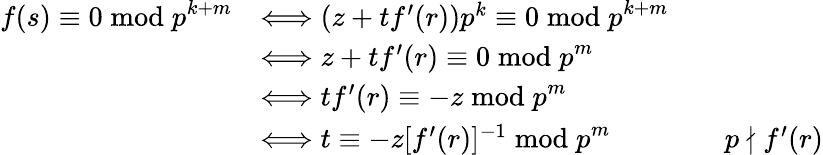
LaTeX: {\begin{array}{rlrl}{f(s)\equiv 0{\bmod{p}}^{k+m}}&{\Longleftrightarrow(z+tf^{\prime}(r))p^{k}\equiv 0{\bmod{p}}^{k+m}}\\ &{\Longleftrightarrow z+tf^{\prime}(r)\equiv 0{\bmod{p}}^{m}}\\ &{\Longleftrightarrow tf^{\prime}(r)\equiv-z{\bmod{p}}^{m}}\\ &{\Longleftrightarrow t\equiv-z[f^{\prime}(r)]^{-1}{\bmod{p}}^{m}}&&{p\nmid f^{\prime}(r)}\end{array}}